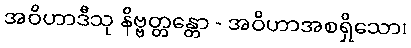
အဝိဟာဒီသု နိဗ္ဗတ္တန္တော - အဝိဟာအစရှိသော၊